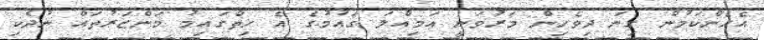
އެހެންކަމުން ގިނަ ދިވެހިން މަރުވަނީ އަމިއްލަ ގައުމުގެ އެ ހިތްގައިމު މަންޒަރުތައް ނުދެކި